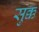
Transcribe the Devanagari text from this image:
सुक्क